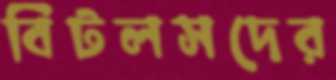
বিটলসদের